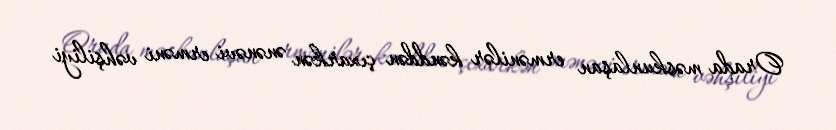
Orada məskunlaşan ermənilər kənddən çıxarkən ənənəvi erməni vəhşiliyi